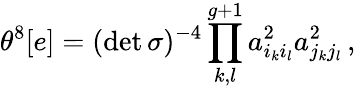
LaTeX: \theta^{8}[e]=(\operatorname*{det}{\sigma})^{-4}\prod_{k,l}^{g+1}a_{i_{k}i_{l}}^{2}a_{j_{k}j_{l}}^{2}\, ,